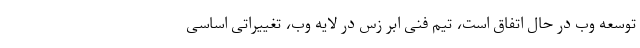
توسعه وب در حال اتفاق است، تیم فنی ابر زس در لایه وب، تغییراتی اساسی